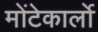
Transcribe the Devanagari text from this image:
मोंटेकार्लो